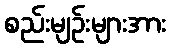
စည်းမျဉ်းများအား